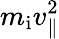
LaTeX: m_{\mathrm{i}}v_{\parallel}^{2}